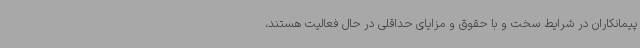
پیمانکاران در شرایط سخت و با حقوق و مزایای حداقلی در حال فعالیت هستند،